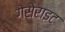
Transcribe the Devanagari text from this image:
गेसेराइट